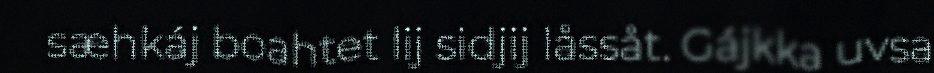
sæhkáj boahtet lij sidjij låssåt. Gájkka uvsa